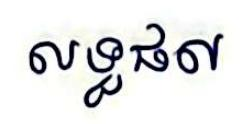
លទ្ធផល